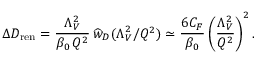
\Delta D _ { \mathrm { r e n } } = { \frac { \Lambda _ { V } ^ { 2 } } { \beta _ { 0 } \, Q ^ { 2 } } } \, \widehat w _ { D } ( \Lambda _ { V } ^ { 2 } / Q ^ { 2 } ) \simeq { \frac { 6 C _ { F } } { \beta _ { 0 } } } \, \bigg ( { \frac { \Lambda _ { V } ^ { 2 } } { Q ^ { 2 } } } \bigg ) ^ { 2 } \, .